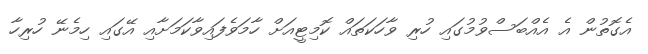
އެގޮތުން އެ އެއްބަސްވުމުގައި ހުރި ވާހަކަތައް ކޮމިޓީއަށް ހާމަވެފައިވާކަމަށާއި އޭގައި ހިމެނޭ ހުރިހާ